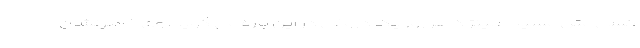
کسی مثل مسیح علینژاد هر روز یک دروغی در این باره می گوید. وی خاطرنشان